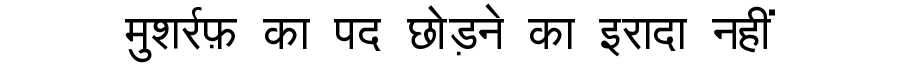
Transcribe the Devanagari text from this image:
मुशर्रफ़ का पद छोड़ने का इरादा नहीं